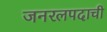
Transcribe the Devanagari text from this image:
जनरलपदाची